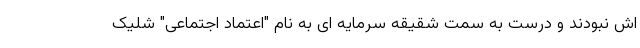
اش نبودند و درست به سمت شقیقه سرمایه ای به نام "اعتماد اجتماعی" شلیک